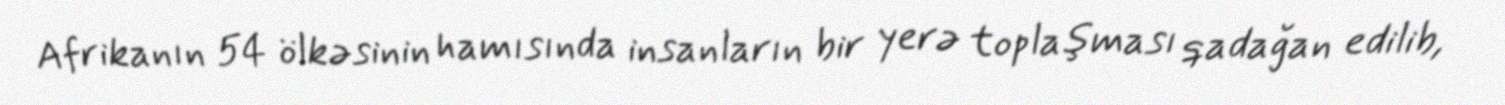
Afrikanın 54 ölkəsinin hamısında insanların bir yerə toplaşması qadağan edilib,